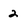
Character: 2